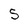
Character: 5